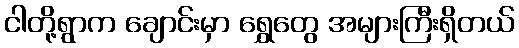
ငါတို့ရွာက ချောင်းမှာ ရွှေတွေ အများကြီးရှိတယ်